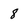
Character: 8